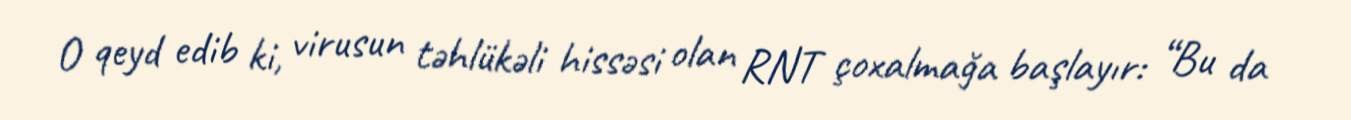
O qeyd edib ki, virusun təhlükəli hissəsi olan RNT çoxalmağa başlayır: “Bu da